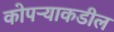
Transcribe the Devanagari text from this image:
कोपऱ्याकडील